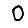
Digit: 0